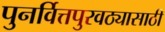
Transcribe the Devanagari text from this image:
पुनर्वित्तपुरवठ्यासाठी